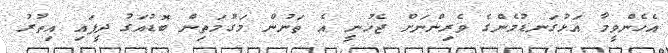
އެހެންވީމާ އަޅުގަނޑުމެންގެ ވެރިންނަށް ޖެހުނީ އެ ތަނުން މަގުމަތިން ބޮޑުއަގު ދީފައި އިތުރު